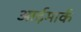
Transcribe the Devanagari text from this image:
आईमार्क